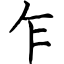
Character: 乍